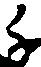
千